Report of the Indian Hemp Drugs Commission, 1894-1895 - Volume V
Year: 1894
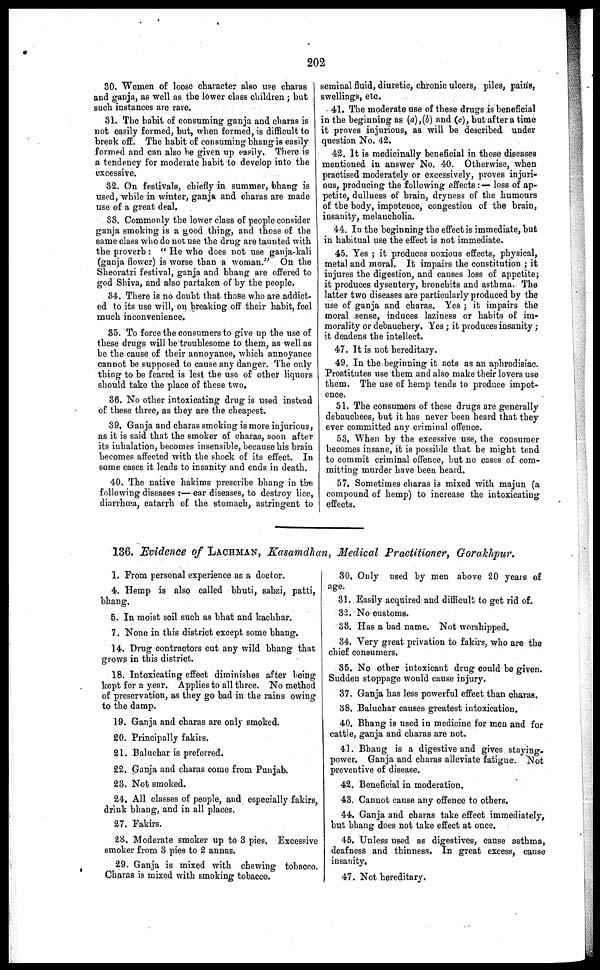
202
30. Women of loose character also use charas
and ganja, as well as the lower class children ; but
such instances are rare.
31. The habit of consuming ganja and charas is
not easily formed, but, when formed, is difficult to
break off. The habit of consuming bhang is easily
formed and can also he given up easily. There is
a tendency for moderate habit to develop into the
excessive.
32. On festivals, chiefly in summer, bhang is
used, while in winter, ganja and charas are made
use of a great deal,
33. Commonly the lower class of people consider
ganja smoking is a good thing, and those of the
same class who do not use the drug are taunted with
the proverb : " He who does not use ganja-kali
(ganja flower) is worse than a woman." On the
Sheoratri festival, ganja and bhang are offered to
god Shiva, and also partaken of by the people.
34. There is no doubt that those who are addict-
ed to its use will, on breaking off their habit, feel
much inconvenience.
35. To force the consumers to give up the use of
these drugs will be troublesome to them, as well as
be the cause of their annoyance, which annoyance
cannot be supposed to cause any danger. The only
thing to be feared is lest the use of other liquors
should take the place of these two.
36. No other intoxicating drug is used instead
of these three, as they are the cheapest.
39. Ganja and charas smoking is more injurious,
as it is said that the smoker of charas, soon after
its inhalation, becomes insensible, because his brain
becomes affected with the shock of its effect. In
some cases it leads to insanity and ends in death.
40. The native hakims prescribe bhang in the
following diseases :— ear diseases, to destroy lice,
diarrhœa, catarrh of the stomach, astringent to
seminal fluid, diuretic, chronic ulcers, piles, pains,
swellings, etc.
41. The moderate use of these drugs is beneficial
in the beginning as (a),(b) and (c), but after a time
it proves injurious, as will be described under
question No. 42.
42. It is medicinally beneficial in those diseases
mentioned in answer No. 40. Otherwise, when
practised moderately or excessively, proves injuri-
ous, producing the following effects :— loss of ap-
petite, dullness of brain, dryness of the humours
of the body, impotence, congestion of the brain,
insanity, melancholia.
44. In the beginning the effect is immediate, but
in habitual use the effect is not immediate.
45. Yes ; it produces noxious effects, physical,
metal and moral. It impairs the constitution ; it
injures the digestion, and causes loss of appetite ;
it produces dysentery, bronchits and asthma. The
latter two diseases are particularly produced by the
use of ganja and charas. Yes ; it impairs the
moral sense, induces laziness or habits of im-
morality or debauchery. Yes ; it produces insanity ;
it deadens the intellect.
47. It is not hereditary.
49. In the beginning it acts as an aphrodisiac.
Prostitutes use them and also make their lovers use
them. The use of hemp tends to produce impot-
ence.
51. The consumers of these drugs are generally
debauchees, but it has never been heard that they
ever committed any criminal offence.
53. When by the excessive use, the consumer
becomes insane, it is possible that he might tend
to commit criminal offence, but no cases of com-
mitting murder have been heard.
57. Sometimes charas is mixed with majun (a
compound of hemp) to increase the intoxicating
effects.
136. Evidence of LACHMAN, Kasamdhan, Medical Practitioner, Gorakhpur.
1. From personal experience as a doctor.
4. Hemp is also called bhuti, sabzi, patti,
bhang.
5. In moist soil such as bhat and kachhar.
7. None in this district except some bhang.
14. Drug contractors cut any wild bhang that
grows in this district.
18. Intoxicating effect diminishes after being
kept for a year. Applies to all three. No method
of preservation, as they go bad in the rains owing
to the damp.
19. Ganja and charas are only smoked.
20. Principally fakirs.
21. Baluchar is preferred.
22. Ganja and charas come from Punjab.
23. Not smoked.
24. All classes of people, and especially fakirs,
drink bhang, and in all places.
27. Fakirs.
28. Moderate smoker up to 3 pies. Excessive
smoker from 3 pies to 2 annas.
29. Ganja is mixed with chewing tobacco.
Charas is mixed with smoking tobacco.
30. Only used by men above 20 years of
age.
31. Easily acquired and difficult to get rid of.
32. No customs.
33. Has a bad name. Not worshipped.
34. Very great privation to fakirs, who are the
chief consumers,
35. No other intoxicant drug could be given.
Sudden stoppage would cause injury.
37. Ganja has less powerful effect than charas.
38. Baluchar causes greatest intoxication.
40. Bhang is used in medicine for men and for
cattle, ganja and charas are not.
41. Bhang is a digestive and gives staying-
power. Ganja and charas alleviate fatigue. Not
preventive of disease,
42. Beneficial in moderation,
43. Cannot cause any offence to others,
44. Ganja and charas take effect immediately,
but bhang does not take effect at once.
45. Unless used as digestives, cause asthma,
deafness and thinness. In great excess, cause
insanity.
47. Not hereditary.